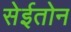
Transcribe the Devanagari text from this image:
सेईतोन